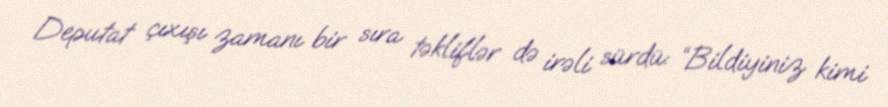
Deputat çıxışı zamanı bir sıra təkliflər də irəli sürdü: “Bildiyiniz kimi